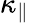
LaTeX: \kappa_{\| }